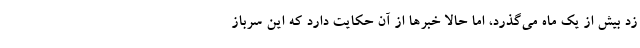
زد بیش از یک ماه می‌گذرد، اما حالا خبرها از آن حکایت دارد که این سرباز